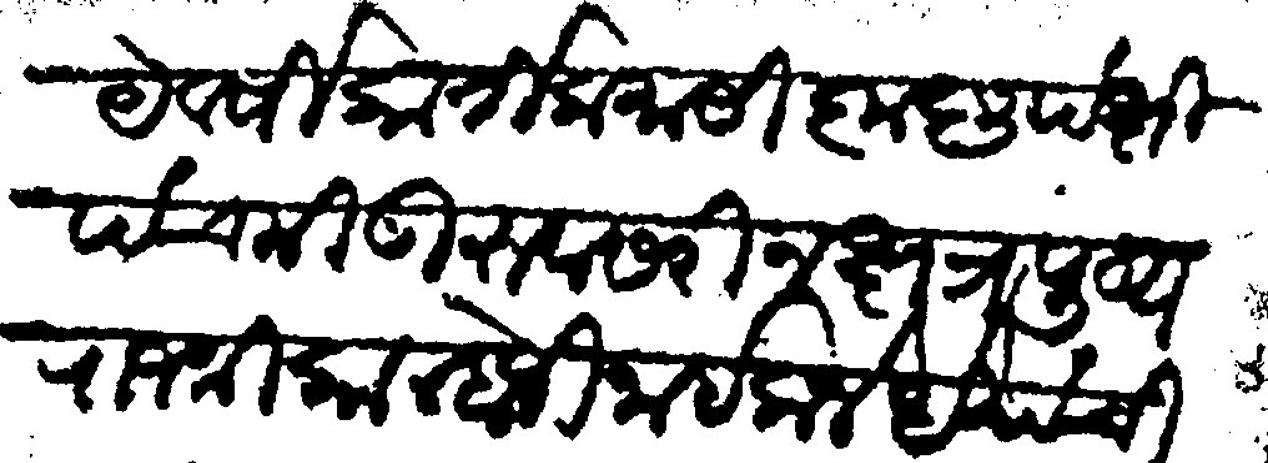
Transliteration (Devanagari): ये वर्षी कार्तिक मासी कृष्णपक्षी पंचमी गुरूवासरी नक्षत्र पुष्य राजश्री कान्होजी नाईक जेधे यांची